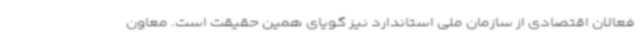
فعالان اقتصادی از سازمان ملی استاندارد نیز گویای همین حقیقت است. معاون